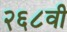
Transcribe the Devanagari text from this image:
२६८वी